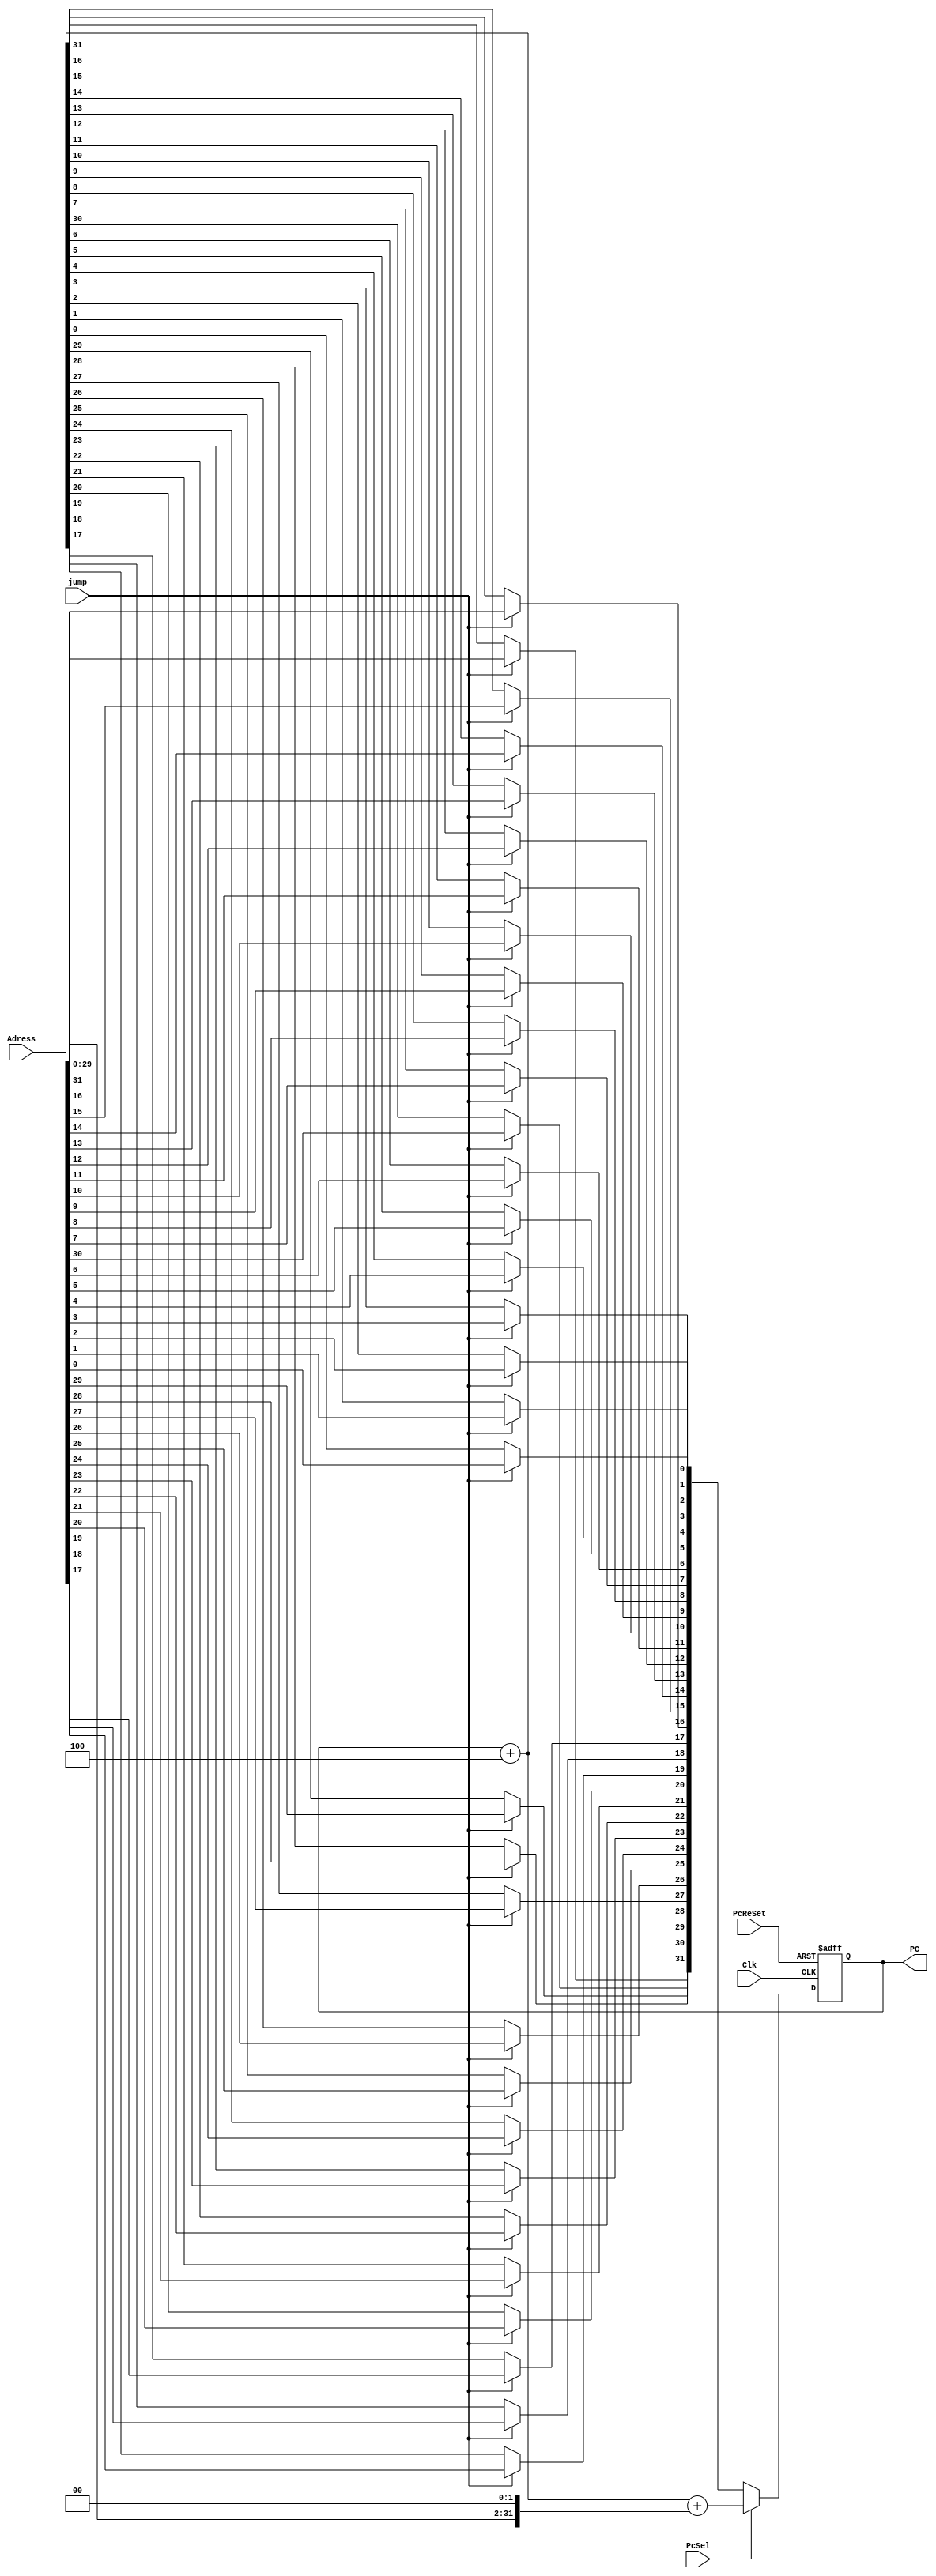

module PcUnit(PC,PcReSet,PcSel,Clk,Adress,jump);

	input   PcReSet;
	input   PcSel;
	input   Clk;
	input   [31:0] Adress;
	input 	jump;
	
	output reg[31:0] PC;
	
	integer i;
	reg [31:0] temp;
	always@(posedge Clk or posedge PcReSet)
	begin
		if(PcReSet == 1)
			PC <= 32'h0000_0000;
		else
		begin	
		PC = PC+4;
		if(PcSel == 1)
			begin
				for(i=0;i<30;i=i+1)
					temp[31-i] = Adress[29-i];
				temp[0] = 0;
				temp[1] = 0;
				
				PC = PC+temp;
			end
			else
			begin
		if(jump == 1)
			begin
				for(i=0;i<32;i=i+1)
					PC[i]=Adress[i];
			end
			end
			end
	end
endmodule